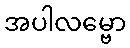
အပါလမ္ဗော